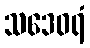
သဒေဝရံ